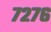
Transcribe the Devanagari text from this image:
७२७६